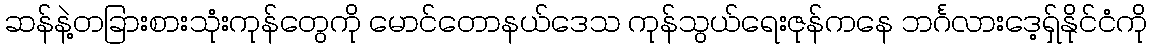
ဆန်နဲ့တခြားစားသုံးကုန်တွေကို မောင်တောနယ်ဒေသ ကုန်သွယ်ရေးဇုန်ကနေ ဘင်္ဂလားဒေ့ရှ်နိုင်ငံကို